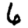
Digit: 6